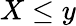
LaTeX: X\leq y